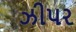
ઝીપર